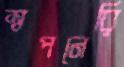
স্বপনেরি